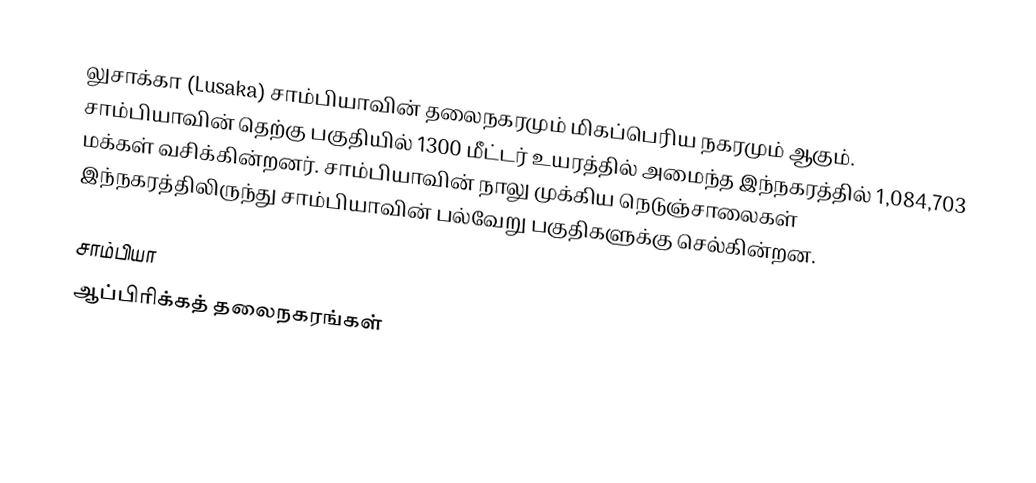
லுசாக்கா (Lusaka) சாம்பியாவின் தலைநகரமும் மிகப்பெரிய நகரமும் ஆகும். சாம்பியாவின் தெற்கு பகுதியில் 1300 மீட்டர் உயரத்தில் அமைந்த இந்நகரத்தில் 1,084,703 மக்கள் வசிக்கின்றனர். சாம்பியாவின் நாலு முக்கிய நெடுஞ்சாலைகள் இந்நகரத்திலிருந்து சாம்பியாவின் பல்வேறு பகுதிகளுக்கு செல்கின்றன.

சாம்பியா
ஆப்பிரிக்கத் தலைநகரங்கள்